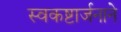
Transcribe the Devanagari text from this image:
स्वकष्टार्जनाने